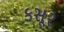
કસૂર